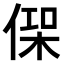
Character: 𠋸